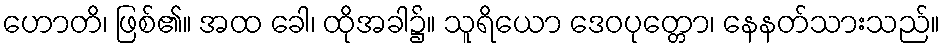
ဟောတိ၊ ဖြစ်၏။ အထ ခေါ၊ ထိုအခါ၌။ သူရိယော ဒေဝပုတ္တော၊ နေနတ်သားသည်။